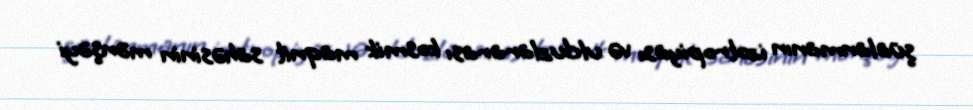
şüalanmanın izotropiyası və ulduzlararası kosmik maqnit sahəsinin mənşəyi